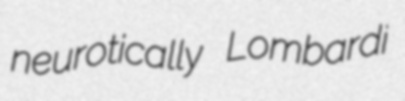
neurotically Lombardi